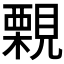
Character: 𧢀